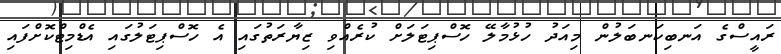
ރައީސްގެ އަނބިކަނބަލުން މިއަދު ހުޅުމާލޭ ހޮސްޕިޓަލަށް ކުރެއްވި ޒިޔާރަތުގައި އެ ހޮސްޕިޓަލުގައި އެޑްމިޓްކޮށްފައި